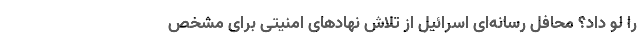
را لو داد؟ محافل رسانه‌ای اسرائیل از تلاش نهادهای امنیتی برای مشخص